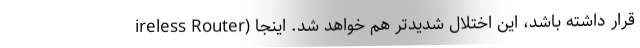
ireless Router) قرار داشته باشد، این اختلال شدیدتر هم خواهد شد. اینجا